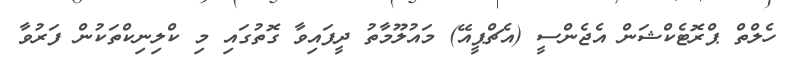
ހެލްތް ޕްރޮޓެކްޝަން އެޖެންސީ (އެޗްޕީއޭ) މައުލޫމާތު ދީފައިވާ ގޮތުގައި މި ކްލިނިކްތަކުން ފަރުވާ